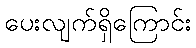
ပေးလျက်ရှိကြောင်း